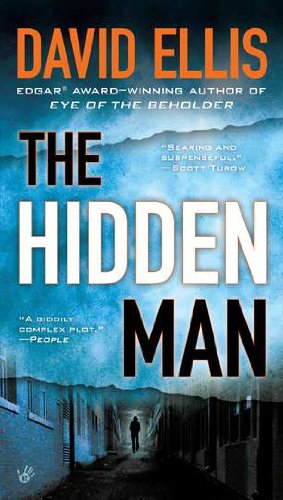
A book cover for The Hidden Man (Jason Kolarich); David Ellis; Mystery, Thriller & Suspense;